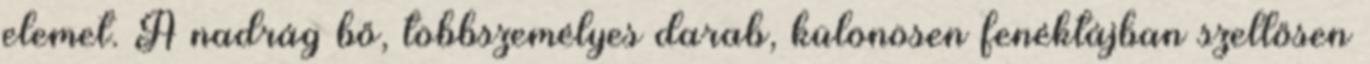
elemet. A nadrág bő, többszemélyes darab, különösen fenéktájban szellősen